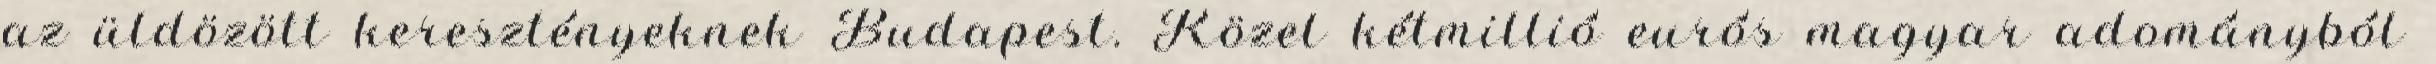
az üldözött keresztényeknek Budapest. Közel kétmillió eurós magyar adományból